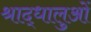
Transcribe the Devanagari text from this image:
श्राद्धालुओं